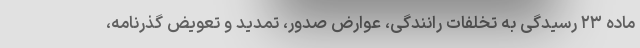
ماده ۲۳ رسیدگی به تخلفات رانندگی، عوارض صدور، تمدید و تعویض گذرنامه،